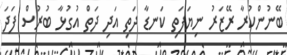
ބޭނުންކުރާ ރޭޒަރު ނިޔަފަތި ކަނޑާ ދަތި އަދި ދަތް އުގުޅާ ބުރުސް ފަދަ